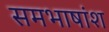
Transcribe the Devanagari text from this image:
समभाषांश